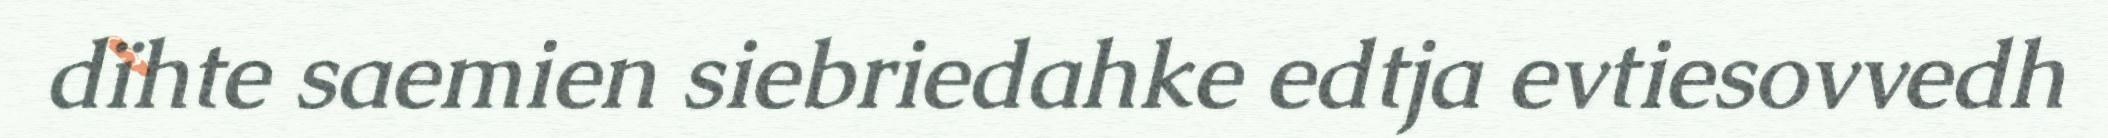
dïhte saemien siebriedahke edtja evtiesovvedh